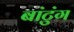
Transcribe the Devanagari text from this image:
बांटुंग